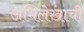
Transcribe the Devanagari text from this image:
अभिलेखाची